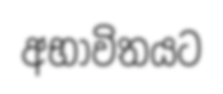
අභාවිතයට